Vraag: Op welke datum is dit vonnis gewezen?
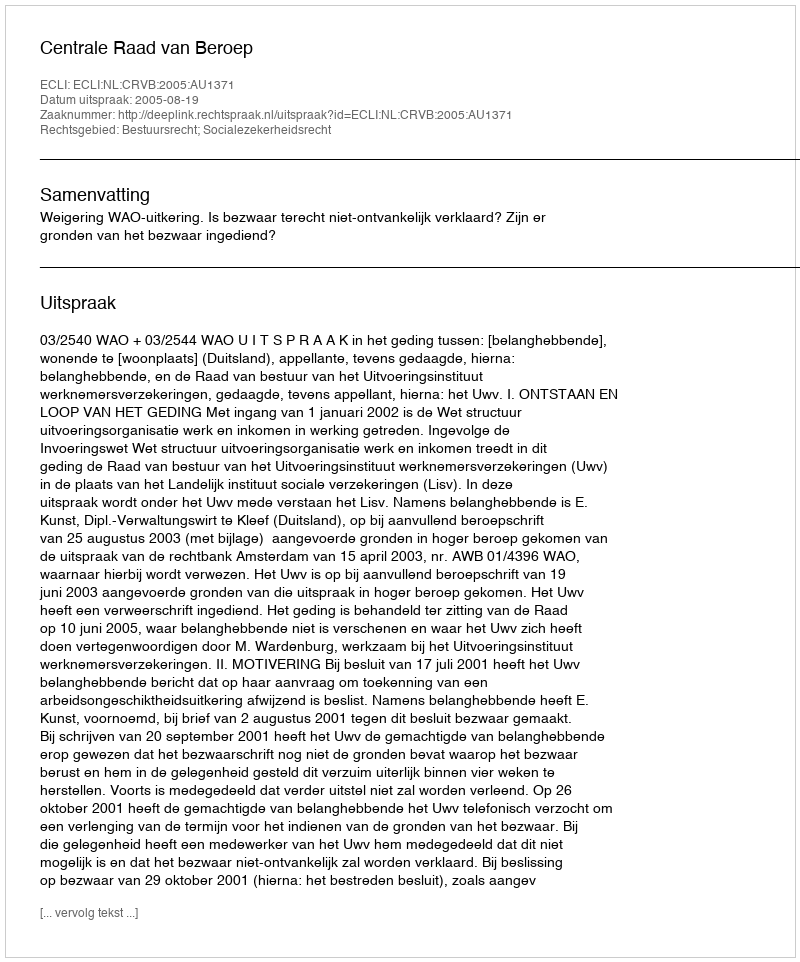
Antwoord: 2005-08-19